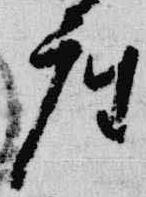
座